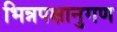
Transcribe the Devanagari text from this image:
भिन्नपक्षानुगण